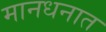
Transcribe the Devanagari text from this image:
मानधनात